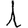
Digit: 1